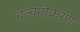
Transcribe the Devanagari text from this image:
बल्वनीकरण